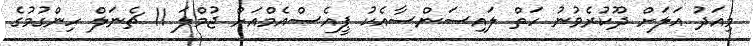
މިއަދު އަލަށް ދޫކުރެވުނު ހަތް ލައިސަންސާއެކު ޕީއެސްއެމްއަށް ޖުމްލަ 11 ޗެނަލް ހިންގުމުގެ